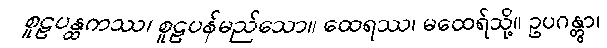
စူဠပန္ထကဿ၊ စူဠပန်မည်သော။ ထေရဿ၊ မထေရ်သို့။ ဥပဂန္တွာ၊